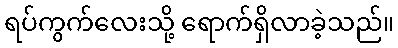
ရပ်ကွက်လေးသို့ ရောက်ရှိလာခဲ့သည်။